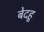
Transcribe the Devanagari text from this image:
बेदहू